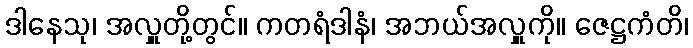
ဒါနေသု၊ အလှူတို့တွင်။ ကတရံဒါနံ၊ အဘယ်အလှူကို။ ဇေဋ္ဌကံတိ၊